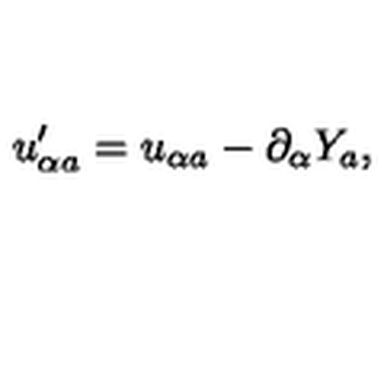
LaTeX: u _ { \alpha a } ^ { \prime } = u _ { \alpha a } - \partial _ { \alpha } Y _ { a } ,